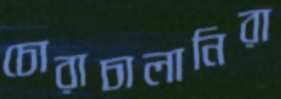
চোরাচালানিরা